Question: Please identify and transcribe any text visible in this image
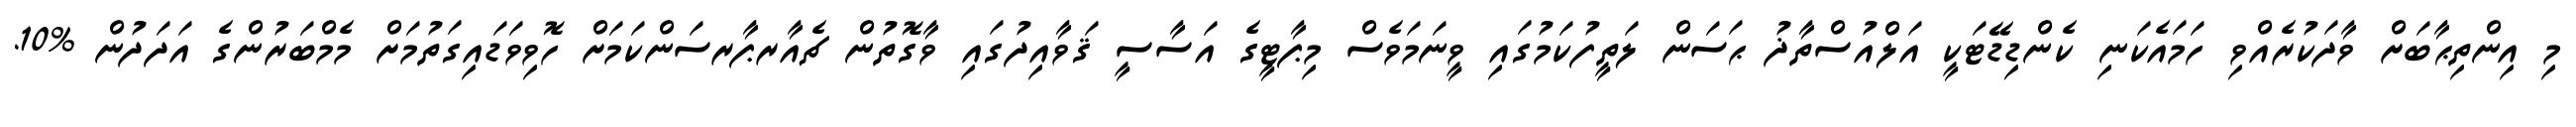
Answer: މި އިންތިޙާބަށް ވާދަކުރެއްވި ހަމައެކަނި ކެންޑިޑޭޓަކީ އަލްއުސްތާޛު ޙަސަން ލަތީފުކަމުގައި ވީނަމަވެސް މިޕާޓީގެ އަސާސީ ޤަވާއިދުގައި ވާގޮތުން ޗެއާރޕާރސަންކަމަށް ހޮވިވަޑައިގަތުމަށް މެމްބަރުންގެ އަދަދުން %10.